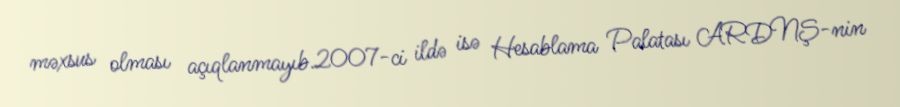
məxsus olması açıqlanmayıb.2007-ci ildə isə Hesablama Palatası ARDNŞ-nin